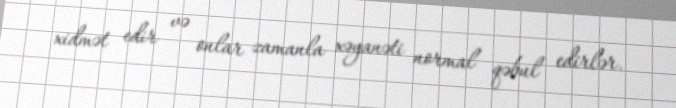
xidmət edir və onlar zamanla xəyanəti normal qəbul edirlər.